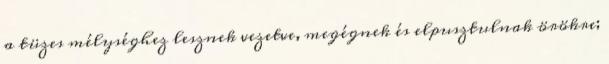
a tüzes mélységhez lesznek vezetve, megégnek és elpusztulnak örökre;